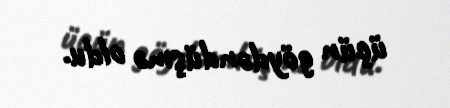
üçün göydəndüşmə oldu.